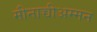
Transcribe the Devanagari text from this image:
मीनाच्चीअम्मन